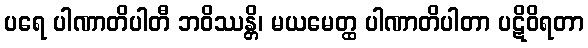
ပရေ ပါဏာတိပါတီ ဘဝိဿန္တိ၊ မယမေတ္ထ ပါဏာတိပါတာ ပဋိဝိရတာ